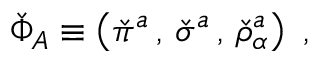
\check { \Phi } _ { A } \equiv \left( \check { \pi } ^ { a } \, , \, \check { \sigma } ^ { a } \, , \, \check { \rho } _ { \alpha } ^ { a } \right) \ ,